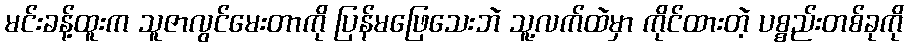
မင်းခန့်ထူးက သူဇာလွင်မေးတာကို ပြန်မဖြေသေးဘဲ သူ့လက်ထဲမှာ ကိုင်ထားတဲ့ ပစ္စည်းတစ်ခုကို